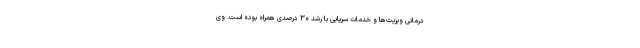
درمانی ویزیت‌ها و خدمات سرپایی با رشد ۳۰ درصدی همراه بوده است. وی